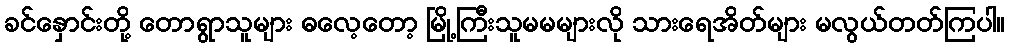
ခင်နှောင်းတို့ တောရွာသူများ ဓလေ့တော့ မြို့ကြီးသူမမများလို သားရေအိတ်များ မလွယ်တတ်ကြပါ။